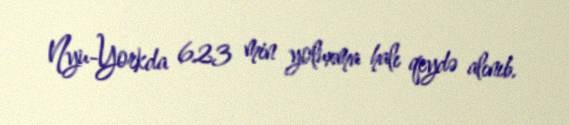
Nyu-Yorkda 623 min yoluxma halı qeydə alınıb.